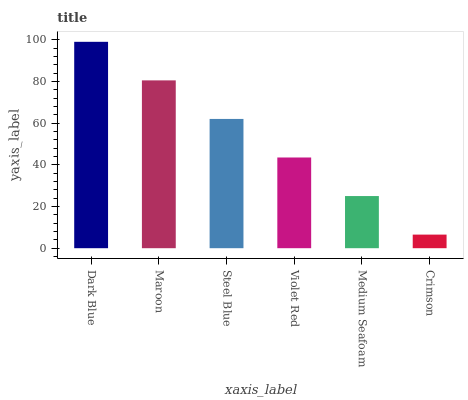
| xaxis_label | bars |
 | --- | --- |
 | Dark Blue | 99 |
 | Maroon | 80.5 |
 | Steel Blue | 62 |
 | Violet Red | 43.5 |
 | Medium Seafoam | 25 |
 | Crimson | 6.52 |